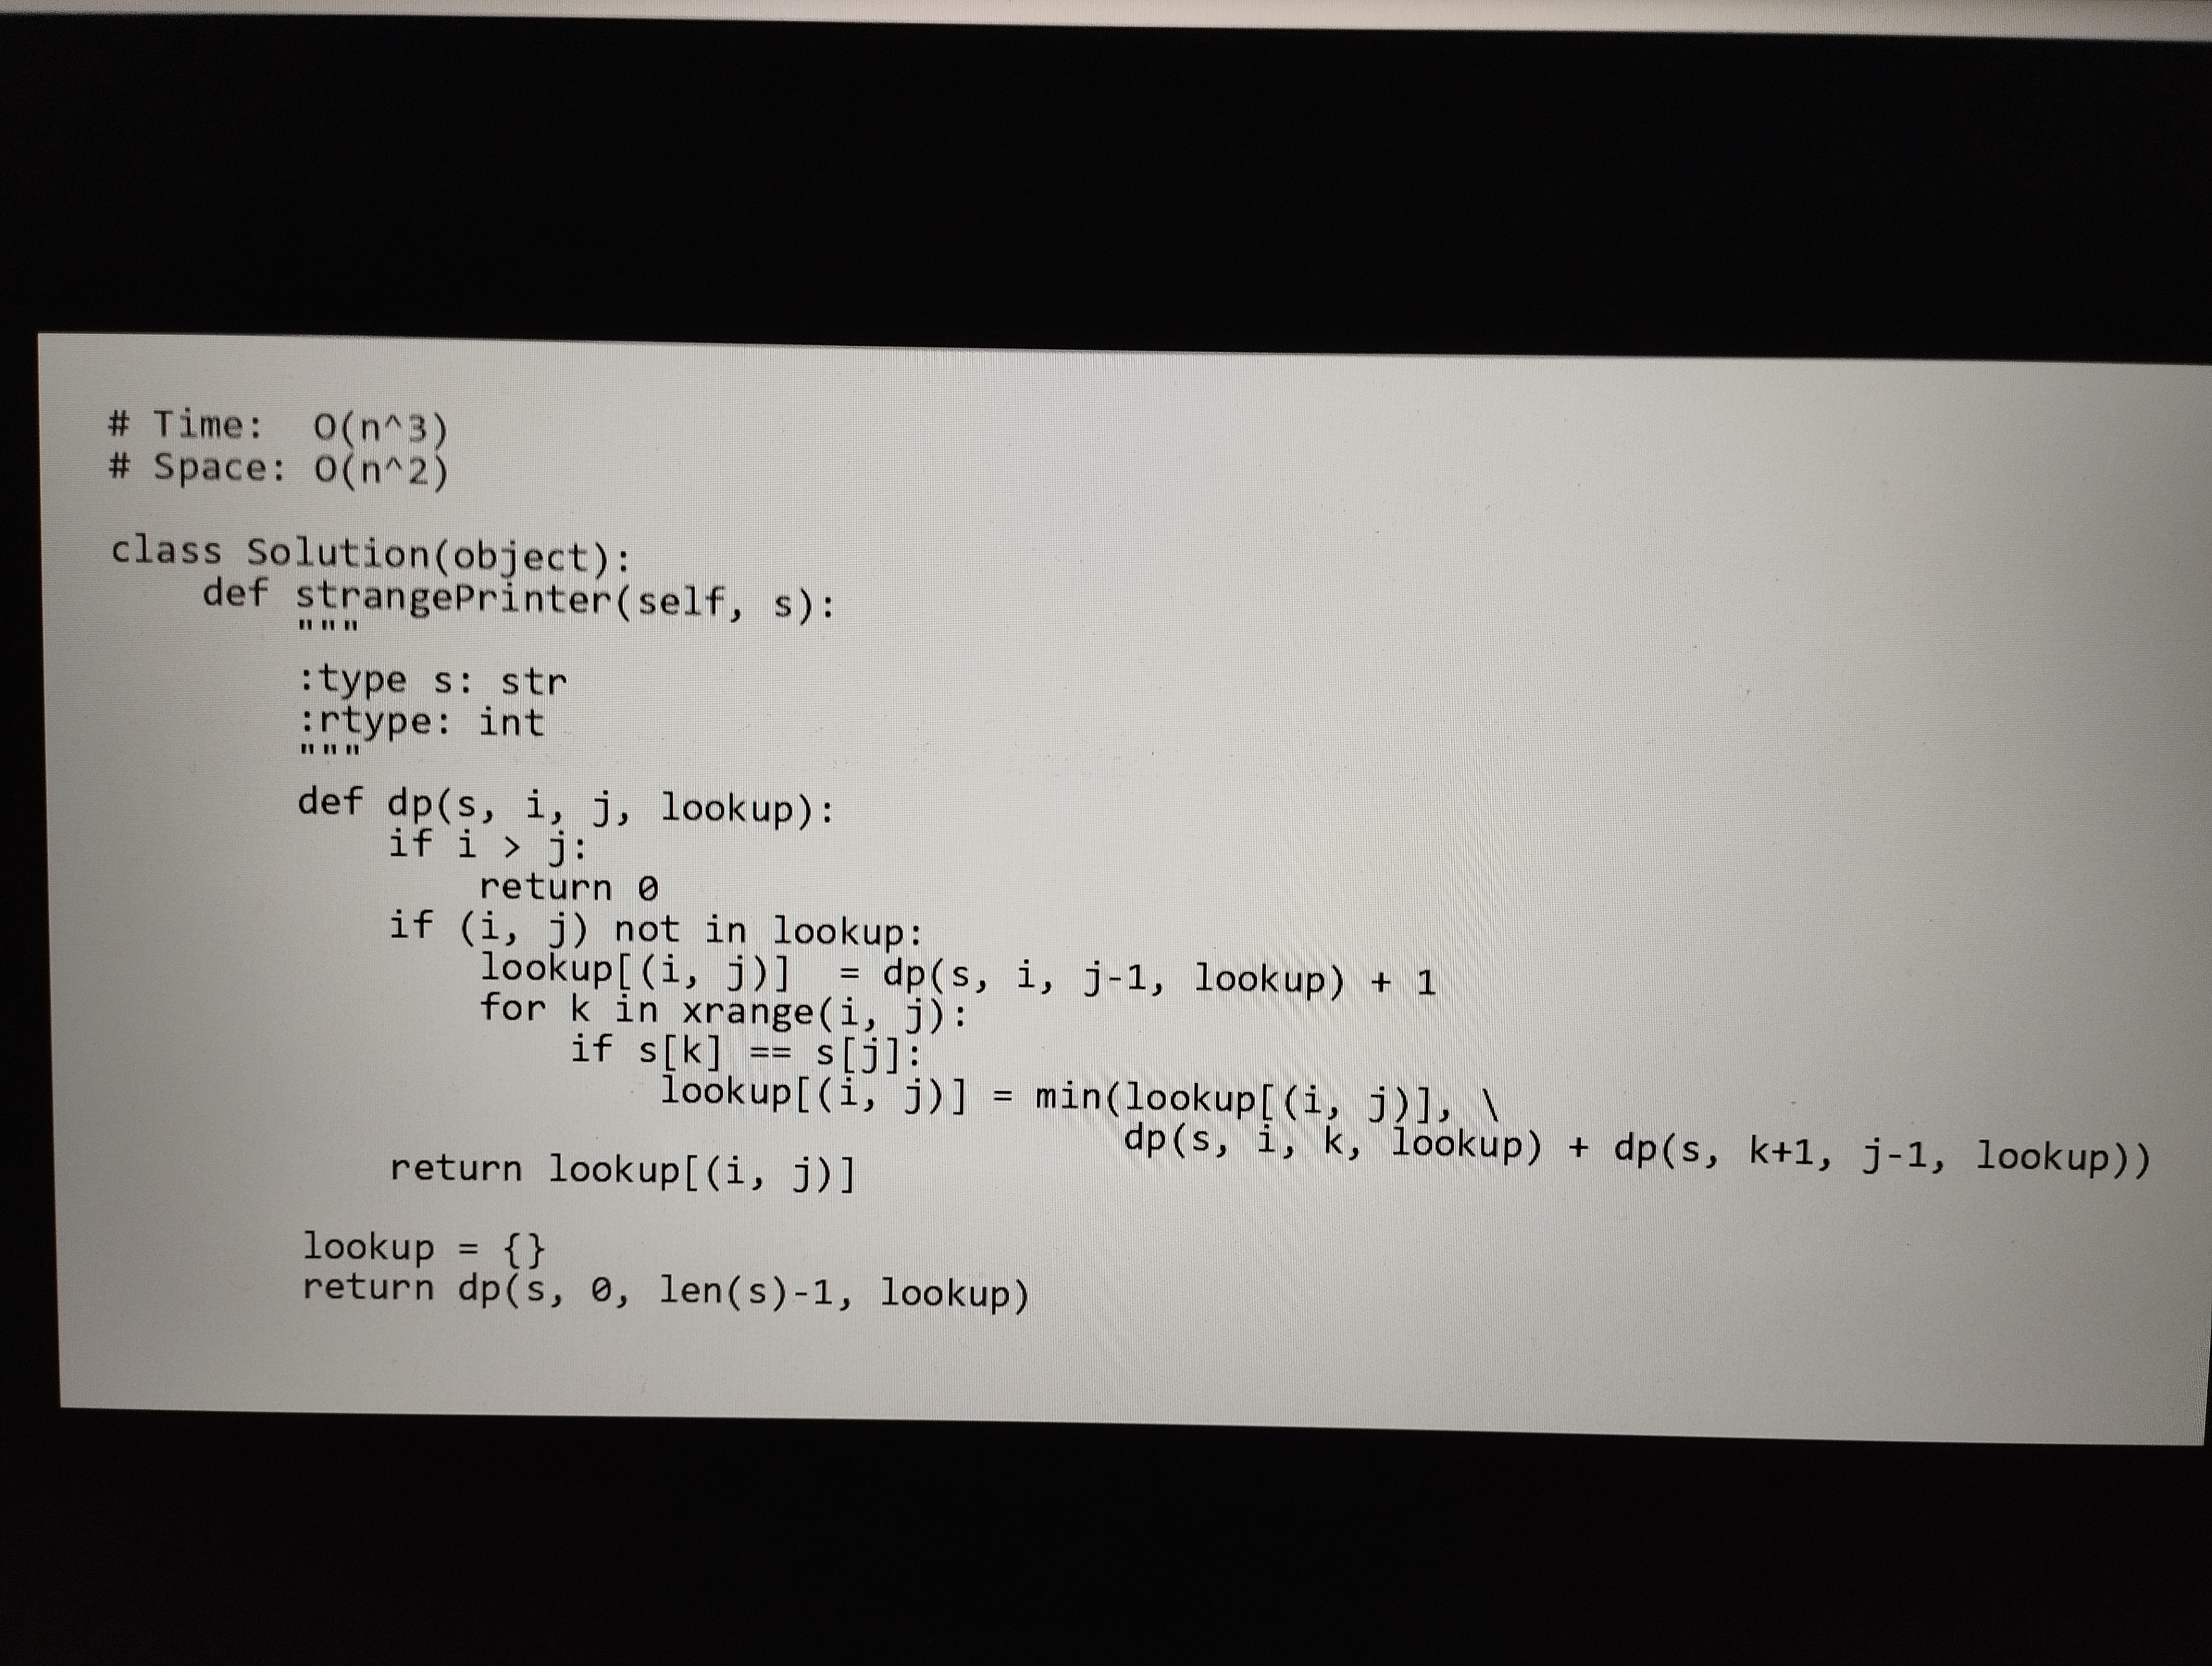
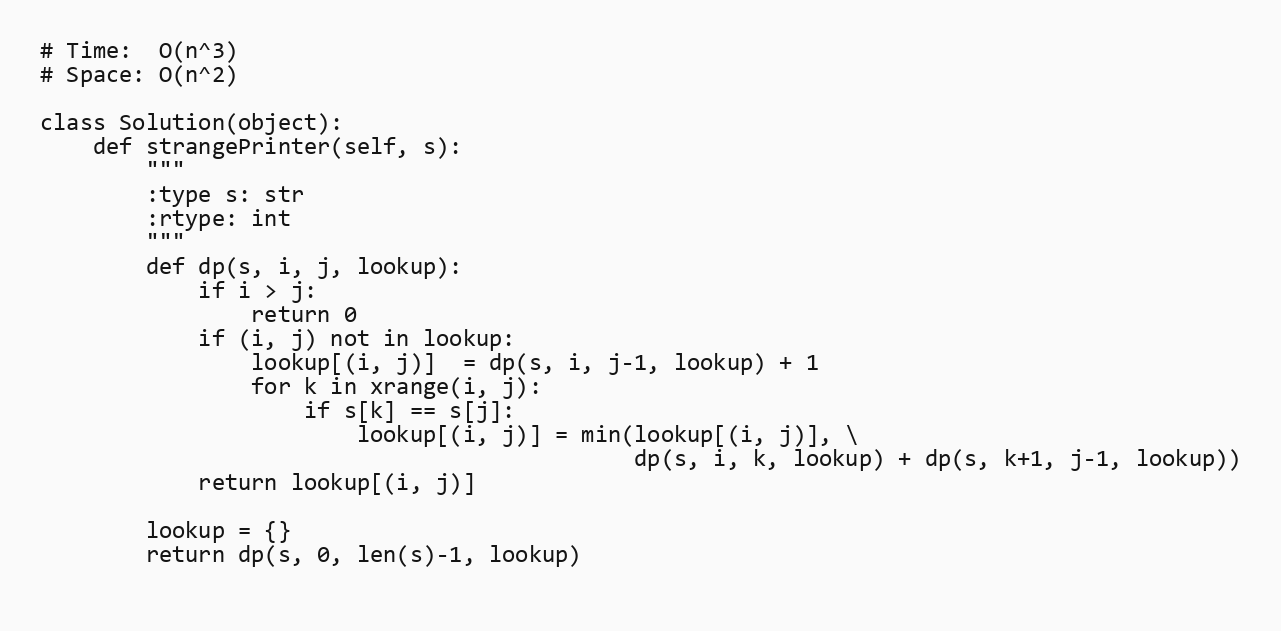
# Time:  O(n^3)
# Space: O(n^2)

class Solution(object):
    def strangePrinter(self, s):
        """
        :type s: str
        :rtype: int
        """
        def dp(s, i, j, lookup):
            if i > j:
                return 0
            if (i, j) not in lookup:
                lookup[(i, j)]  = dp(s, i, j-1, lookup) + 1
                for k in xrange(i, j):
                    if s[k] == s[j]:
                        lookup[(i, j)] = min(lookup[(i, j)], \
                                             dp(s, i, k, lookup) + dp(s, k+1, j-1, lookup))
            return lookup[(i, j)]

        lookup = {}
        return dp(s, 0, len(s)-1, lookup)